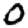
Digit: 0